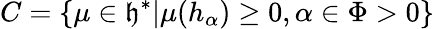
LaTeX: C=\{ \mu\in{\mathfrak{h}}^{*}|\mu(h_{\alpha})\geq 0,\alpha\in\Phi>0\}